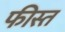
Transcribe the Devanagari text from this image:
फीस्त